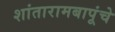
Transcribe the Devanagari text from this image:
शांतारामबापूंचे